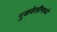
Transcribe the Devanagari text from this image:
गुळवेलीमध्ये